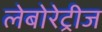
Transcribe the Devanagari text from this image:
लेबोरेट्रीज